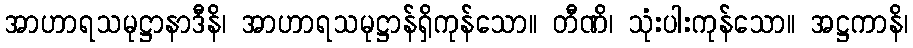
အာဟာရသမုဋ္ဌာနာဒီနိ၊ အာဟာရသမုဋ္ဌာန်ရှိကုန်သော။ တီဏိ၊ သုံးပါးကုန်သော။ အဋ္ဌကာနိ၊